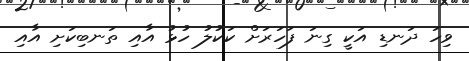
ވިހަ ދަނޑި އަކީ ގިނަ ފަހަރަށް ކަކުލު ހުޅު އާއި ތަނބިކަށި އާއި